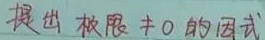
提出极限\(\neq 0\)的因式